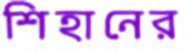
শিহানের